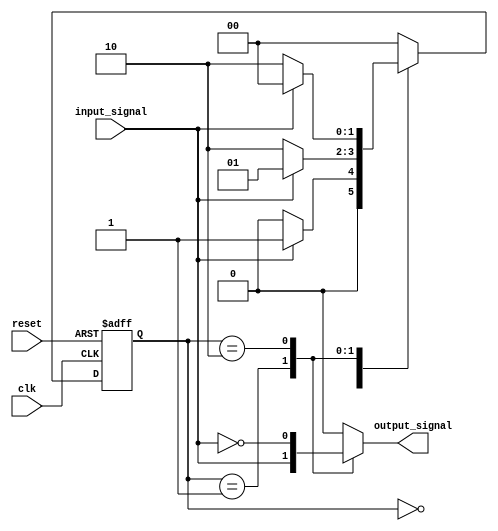
module fsm (
    input clk,
    input reset,
    input input_signal,
    output reg output_signal
);

// Define states
parameter STATE_A = 2'b00;
parameter STATE_B = 2'b01;
parameter STATE_C = 2'b10;

// Define state register
reg [1:0] current_state, next_state;

// Define output signals
always @(current_state) begin
    case(current_state)
        STATE_A: output_signal = 1'b0;
        STATE_B: output_signal = input_signal;
        STATE_C: output_signal = ~input_signal;
        default: output_signal = 1'b0;
    endcase
end

// Define state transitions
always @(posedge clk or posedge reset) begin
    if(reset) begin
        current_state <= STATE_A;
    end else begin
        current_state <= next_state;
    end
end

always @(*) begin
    case(current_state)
        STATE_A: begin
            if(input_signal == 1'b1) begin
                next_state = STATE_B;
            end else begin
                next_state = STATE_A;
            end
        end
        STATE_B: begin
            if(input_signal == 1'b0) begin
                next_state = STATE_C;
            end else begin
                next_state = STATE_B;
            end
        end
        STATE_C: begin
            if(input_signal == 1'b1) begin
                next_state = STATE_A;
            end else begin
                next_state = STATE_C;
            end
        end
        default: next_state = STATE_A;
    endcase
end

endmodule